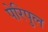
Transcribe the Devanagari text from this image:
पेरिपुल